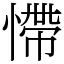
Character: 㦅